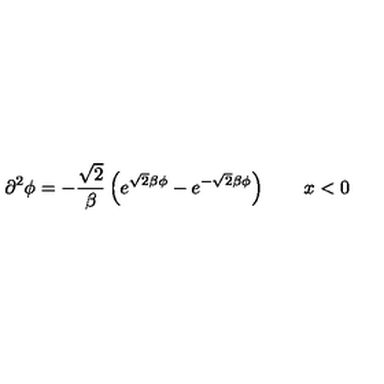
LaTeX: \partial ^ { 2 } \phi = - \frac { \sqrt { 2 } } { \beta } \left( e ^ { \sqrt { 2 } \beta \phi } - e ^ { - \sqrt { 2 } \beta \phi } \right) \qquad x < 0